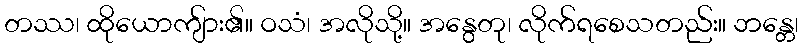
တဿ၊ ထိုယောကျ်ား၏။ ဝသံ၊ အလိုသို့။ အနွေတု၊ လိုက်ရစေသတည်း။ ဘန္တေ၊